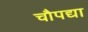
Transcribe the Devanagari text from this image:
चौपद्या